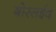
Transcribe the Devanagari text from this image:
बोरसईद